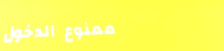
ممنوع الدخول